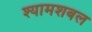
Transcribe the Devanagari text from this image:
श्यामशबल